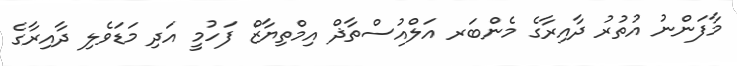
މާފަންނު އުތުރު ދާއިރާގެ މެންބަރ އަލްއުސްތާޛް އިމްތިޔާޒް ފަހުމީ އަދި މަޑަވެލި ދާއިރާގެ